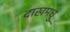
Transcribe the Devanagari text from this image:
दाखमधु